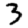
Digit: 3